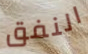
النفق